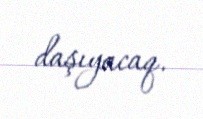
daşıyacaq.